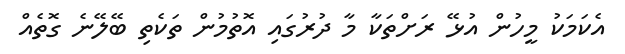
އެކަމަކު މީހުން އުޅޭ ރަށްތަކާ މާ ދުރުގައި އޮތުމުން ތަކެތި ބޭލޭނެ ގޮތެއް